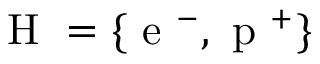
\mathrm { ~ H ~ } = \lbrace \mathrm { ~ e ~ } ^ { - } , \mathrm { ~ p ~ } ^ { + } \rbrace